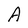
Character: A